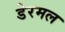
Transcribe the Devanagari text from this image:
डेरमल